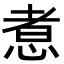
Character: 𢝬